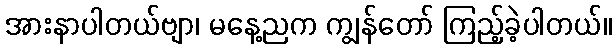
အားနာပါတယ်ဗျာ၊ မနေ့ညက ကျွန်တော် ကြည့်ခဲ့ပါတယ်။